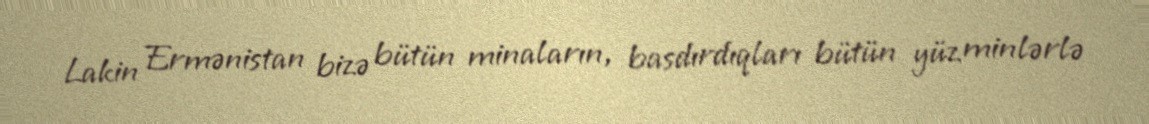
Lakin Ermənistan bizə bütün minaların, basdırdıqları bütün yüz minlərlə